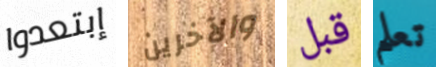
إبتعدوا والآخرين قبل تعلم